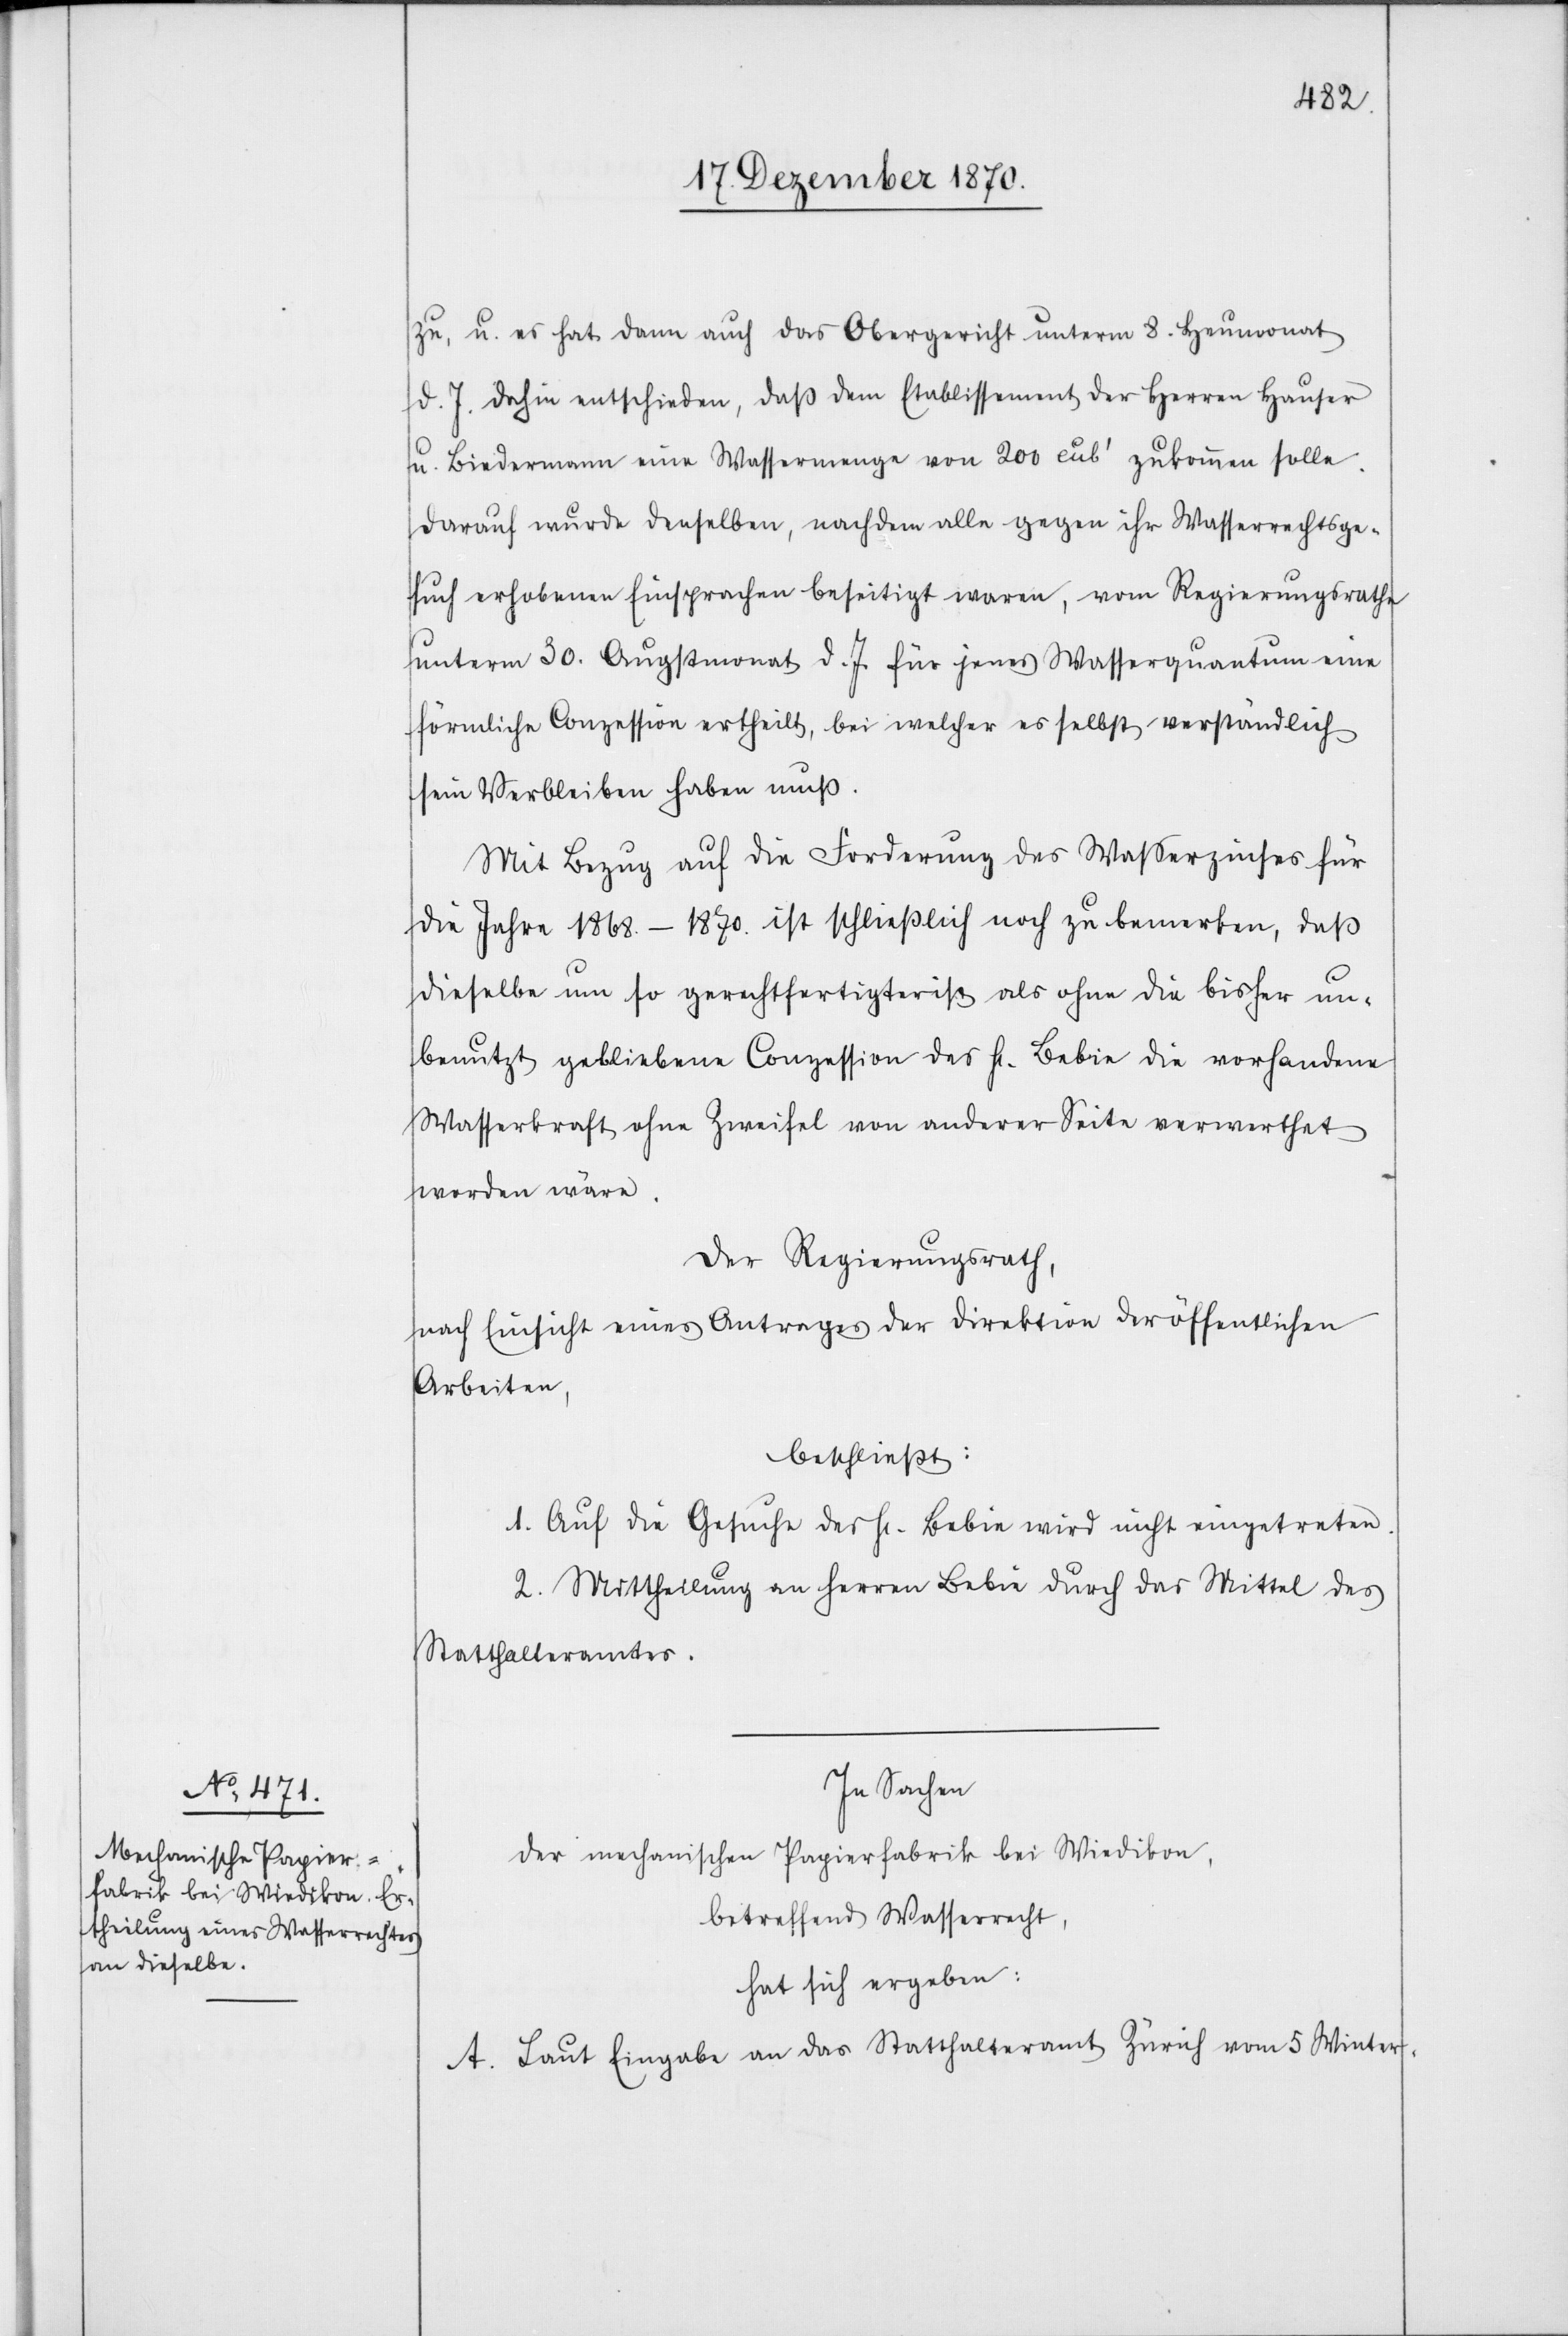
In Sachen
der mechanischen Papierfabrik bei Wiedikon,
betreffend Wasserrecht,
hat sich ergeben:
A. Laut Eingabe an das Statthalteramt Zürich vom 5. Winter-